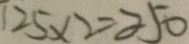
1 2 5 \times 2 = 2 5 0